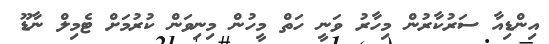
އިންޑިއާ ސަރުކާރުން މިހާރު ވަނީ ހަތް މީހުން މިނިވަން ކުރުމަށް ޓެމިލް ނާޑޫ